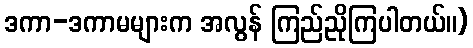
ဒကာ-ဒကာမများက အလွန် ကြည်ညိုကြပါတယ်။)